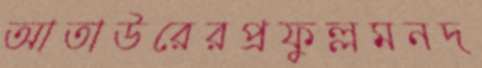
আতাউরেরপ্রফুল্লমনদ